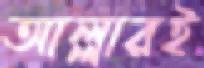
আল্লারই